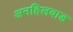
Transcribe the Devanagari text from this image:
अनहिलवाड